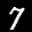
Label: 7